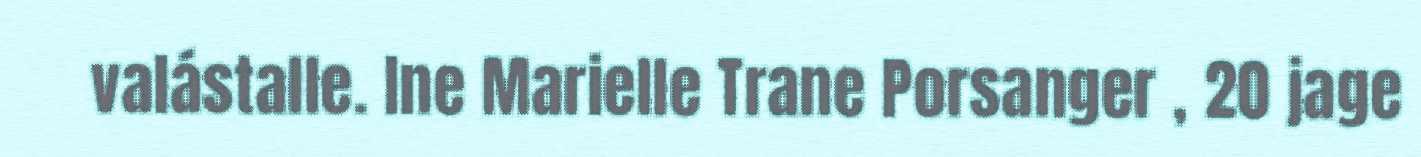
valástalle. Ine Marielle Trane Porsanger , 20 jage